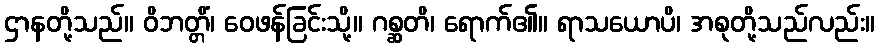
ဌာနတို့သည်။ ဝိဘတ္တိံ၊ ဝေဖန်ခြင်းသို့။ ဂစ္ဆတိ၊ ရောက်၏။ ရာသယောပိ၊ အစုတို့သည်လည်း။